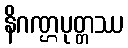
နိဂဏ္ဌပုတ္တဿ